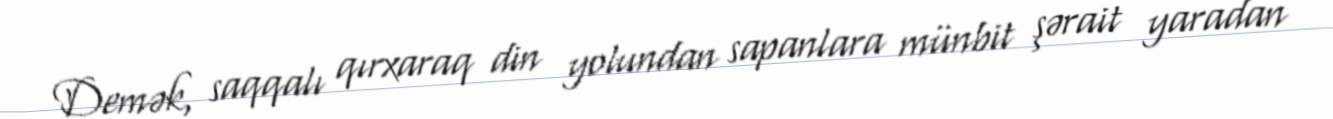
Demək, saqqalı qırxaraq din yolundan sapanlara münbit şərait yaradan